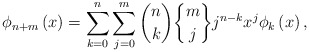
\begin{align*}\phi_{n+m}\left( x\right) =\sum_{k=0}^{n}\sum_{j=0}^{m}\binom{n}{k}\genfrac{\{}{\}}{0pt}{}{m}{j}j^{n-k}x^{j}\phi_{k}\left( x\right) ,\end{align*}